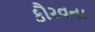
કૌરવના